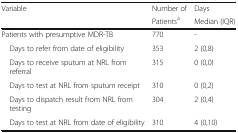
<table><thead><tr><td><b>Variable</b></td><td><b>Number of</b></td><td><b>Days</b></td></tr><tr><td></td><td><b>Patients<sup>a</sup></b></td><td><b>Median (IQR)</b></td></tr></thead><tbody><tr><td>Patients with presumptive MDR-TB </td><td>770</td><td>-</td></tr><tr><td> Days to refer from date of eligibility</td><td>353</td><td>2 (0,8)</td></tr><tr><td> Days to receive sputum at NRL from referral</td><td>315</td><td>0 (0,0)</td></tr><tr><td> Days to test at NRL from sputum receipt</td><td>310</td><td>0 (0,2)</td></tr><tr><td> Days to dispatch result from NRL from testing</td><td>304</td><td>2 (0,4)</td></tr><tr><td> Days to test at NRL from date of eligibility</td><td>310</td><td>4 (0,10)</td></tr></tbody></table>